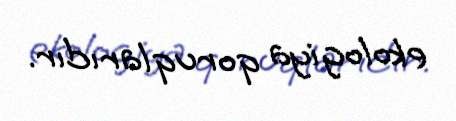
ekologiya qoruqlarıdır.